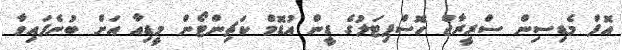
އޮފް މެޑިސިން ސްރީރާޖް ހޮސްޕިޓަލުގެ ޑީން އުޑޮމް ކަޗިންޓޯން މީޑިއާ އަށް ބުނެފައިވާ